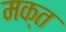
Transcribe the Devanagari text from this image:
मक्त